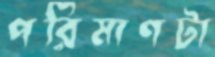
পরিমাণটা